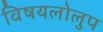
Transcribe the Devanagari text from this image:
विषयलोलुप